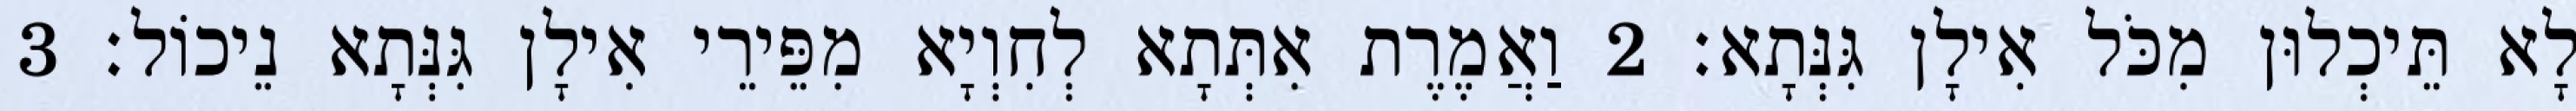
לָא תֵּיכְלוּן מִכֹּל אִילָן גִּנְּתָא׃ 2 וַאֲמֶרֶת אִתְּתָא לְחִוְיָא מִפֵּירֵי אִילָן גִּנְּתָא נֵיכוֹל׃ 3